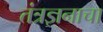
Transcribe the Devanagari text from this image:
तंत्रज्ञनाचा